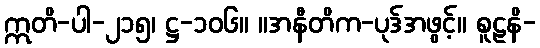
ဣတိ-ပါ-၂၁၅၊ ဋ္ဌ-၁၀၆။ ။အနီတိက-ပုဒ်အဖွင့်။ စူဠနိ-